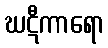
ဃဋီကာရော